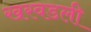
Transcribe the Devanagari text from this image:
खरवडली